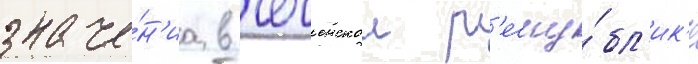
значе́н'иа в чеченскои р'еспу́бл'ик'е